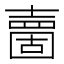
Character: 夁